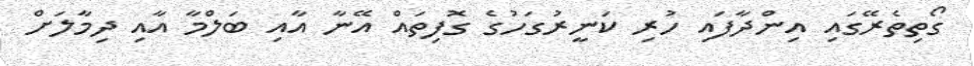
ގޯތިތެރޭގައި އިންދާފައި ހުރި ކަނީރުގަހުގެ ގޮފިތައް އޭނާ އާއި ބަލްމާ އާއި ދިމާލަށް